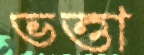
ভত্তা